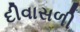
દીવાસળી